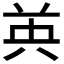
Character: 𮎧